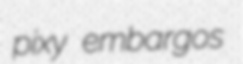
pixy embargos